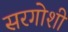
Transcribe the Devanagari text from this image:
सरगोशी